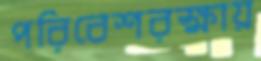
পরিবেশরক্ষায়